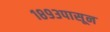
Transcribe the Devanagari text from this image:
१८९३पासून